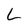
Character: L